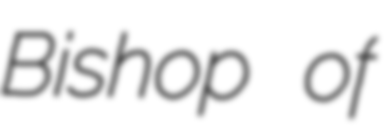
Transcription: Bishop of